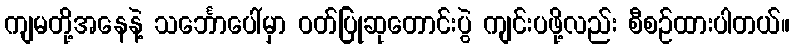
ကျမတို့အနေနဲ့ သင်္ဘောပေါ်မှာ ဝတ်ပြုဆုတောင်းပွဲ ကျင်းပဖို့လည်း စီစဉ်ထားပါတယ်။